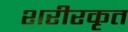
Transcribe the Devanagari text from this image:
शरीरकृत